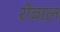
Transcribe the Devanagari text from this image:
रोवाल